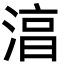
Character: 湻